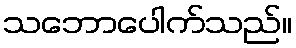
သဘောပေါက်သည်။